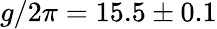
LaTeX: g/2\pi=15.5\pm 0.1